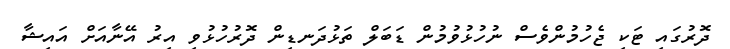
ދޮރުގައި ޓަކި ޖެހުމުންވެސް ނުހުޅުވުމުން ޑަބަލް ތަޅުދަނޑިން ދޮރުހުޅުވި އިރު އޭނާއަށް އައިޝާ